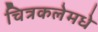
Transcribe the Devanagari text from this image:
चित्रकलेमधे